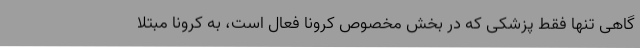
گاهی تنها فقط پزشکی که در بخش مخصوص کرونا فعال است، به کرونا مبتلا